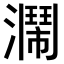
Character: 𤂗